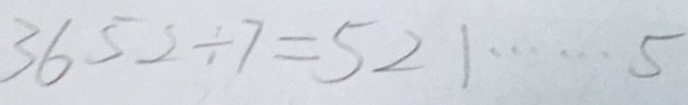
3 6 5 2 \div 7 = 5 2 1 \cdots 5